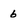
Character: 6